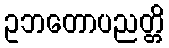
ဥဘတောပညတ္တိ